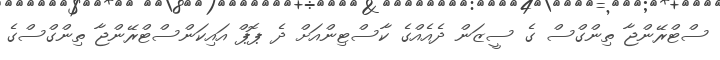
ސްޓްރޭންޖާ ތިންގްސް ގެ ސީޒަން ދެއެއްގެ ކާސްޓިންއަށް ދެ ޕޮޕް އައިކަންސްޓްރޭންޖާ ތިންގްސްގެ